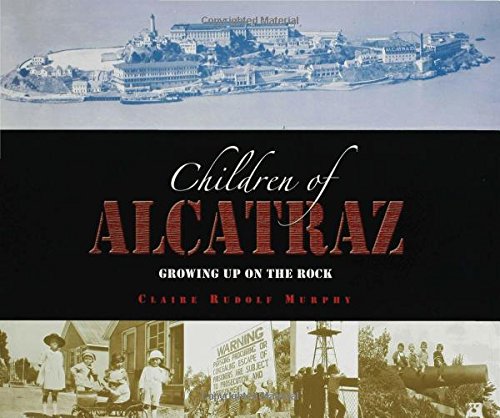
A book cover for The Children of Alcatraz: Growing Up on the Rock; Claire Rudolf Murphy; Children's Books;